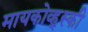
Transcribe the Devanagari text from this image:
मायकोव्ह्‌स्की